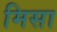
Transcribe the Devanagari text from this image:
मिसा